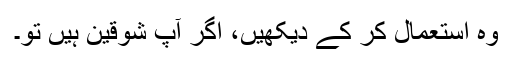
وہ استعمال کر کے دیکھیں، اگر آپ شوقین ہیں تو۔